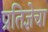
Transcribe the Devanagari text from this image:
प्रतिज्ञेचा